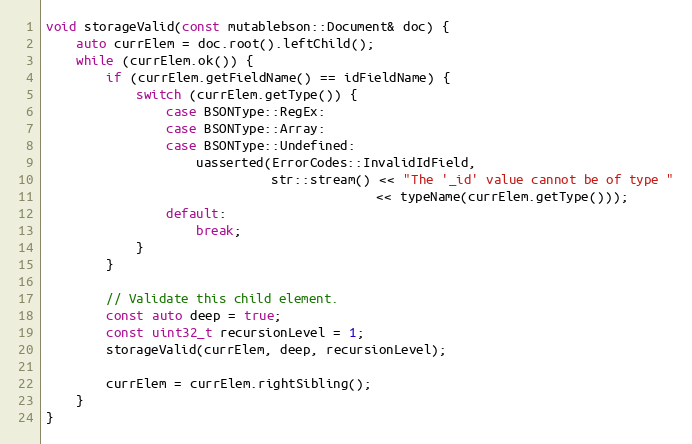
Language: C++
void storageValid(const mutablebson::Document& doc) {
    auto currElem = doc.root().leftChild();
    while (currElem.ok()) {
        if (currElem.getFieldName() == idFieldName) {
            switch (currElem.getType()) {
                case BSONType::RegEx:
                case BSONType::Array:
                case BSONType::Undefined:
                    uasserted(ErrorCodes::InvalidIdField,
                              str::stream() << "The '_id' value cannot be of type "
                                            << typeName(currElem.getType()));
                default:
                    break;
            }
        }

        // Validate this child element.
        const auto deep = true;
        const uint32_t recursionLevel = 1;
        storageValid(currElem, deep, recursionLevel);

        currElem = currElem.rightSibling();
    }
}